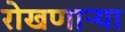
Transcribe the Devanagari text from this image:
रोखणाऱ्या